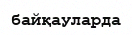
байқауларда